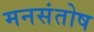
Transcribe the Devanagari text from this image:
मनसंतोष